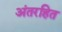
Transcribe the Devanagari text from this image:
अंतरहित